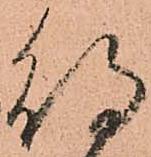
待